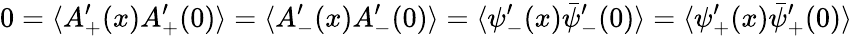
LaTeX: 0=\langle A_{+}^{\prime}(x)A_{+}^{\prime}(0)\rangle=\langle A_{-}^{\prime}(x)A_{-}^{\prime}(0)\rangle=\langle{\psi}_{-}^{\prime}(x)\bar{\psi}_{-}^{\prime}(0)\rangle=\langle{\psi}_{+}^{\prime}(x)\bar{\psi}_{+}^{\prime}(0)\rangle